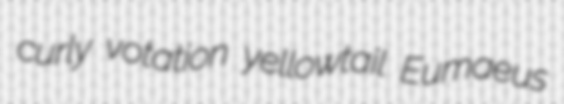
curly votation yellowtail Eumaeus